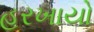
હરખાયો